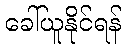
ခေါ်ယူနိုင်ရန်